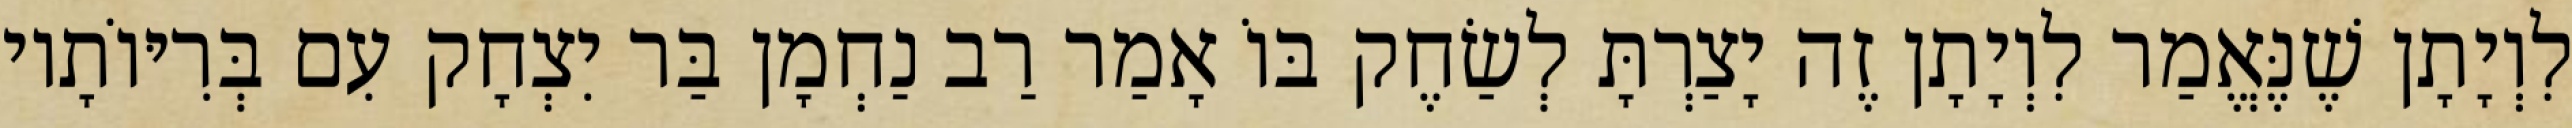
לִוְיָתָן שֶׁנֶּאֱמַר לִוְיָתָן זֶה יָצַרְתָּ לְשַׂחֶק בּוֹ אָמַר רַב נַחְמָן בַּר יִצְחָק עִם בְּרִיּוֹתָיו